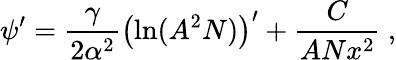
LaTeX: \psi^{\prime}=\frac{\gamma}{2\alpha^{2}}\left(\ln(A^{2}N)\right)^{\prime}+\frac{C}{ANx^{2}}\ ,